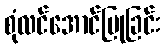
စုံလင်အောင်ပြုခြင်း